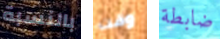
بالنسبة وقت ضابطة